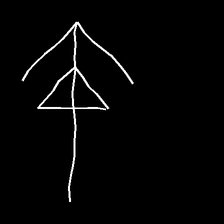
Glyph: pull